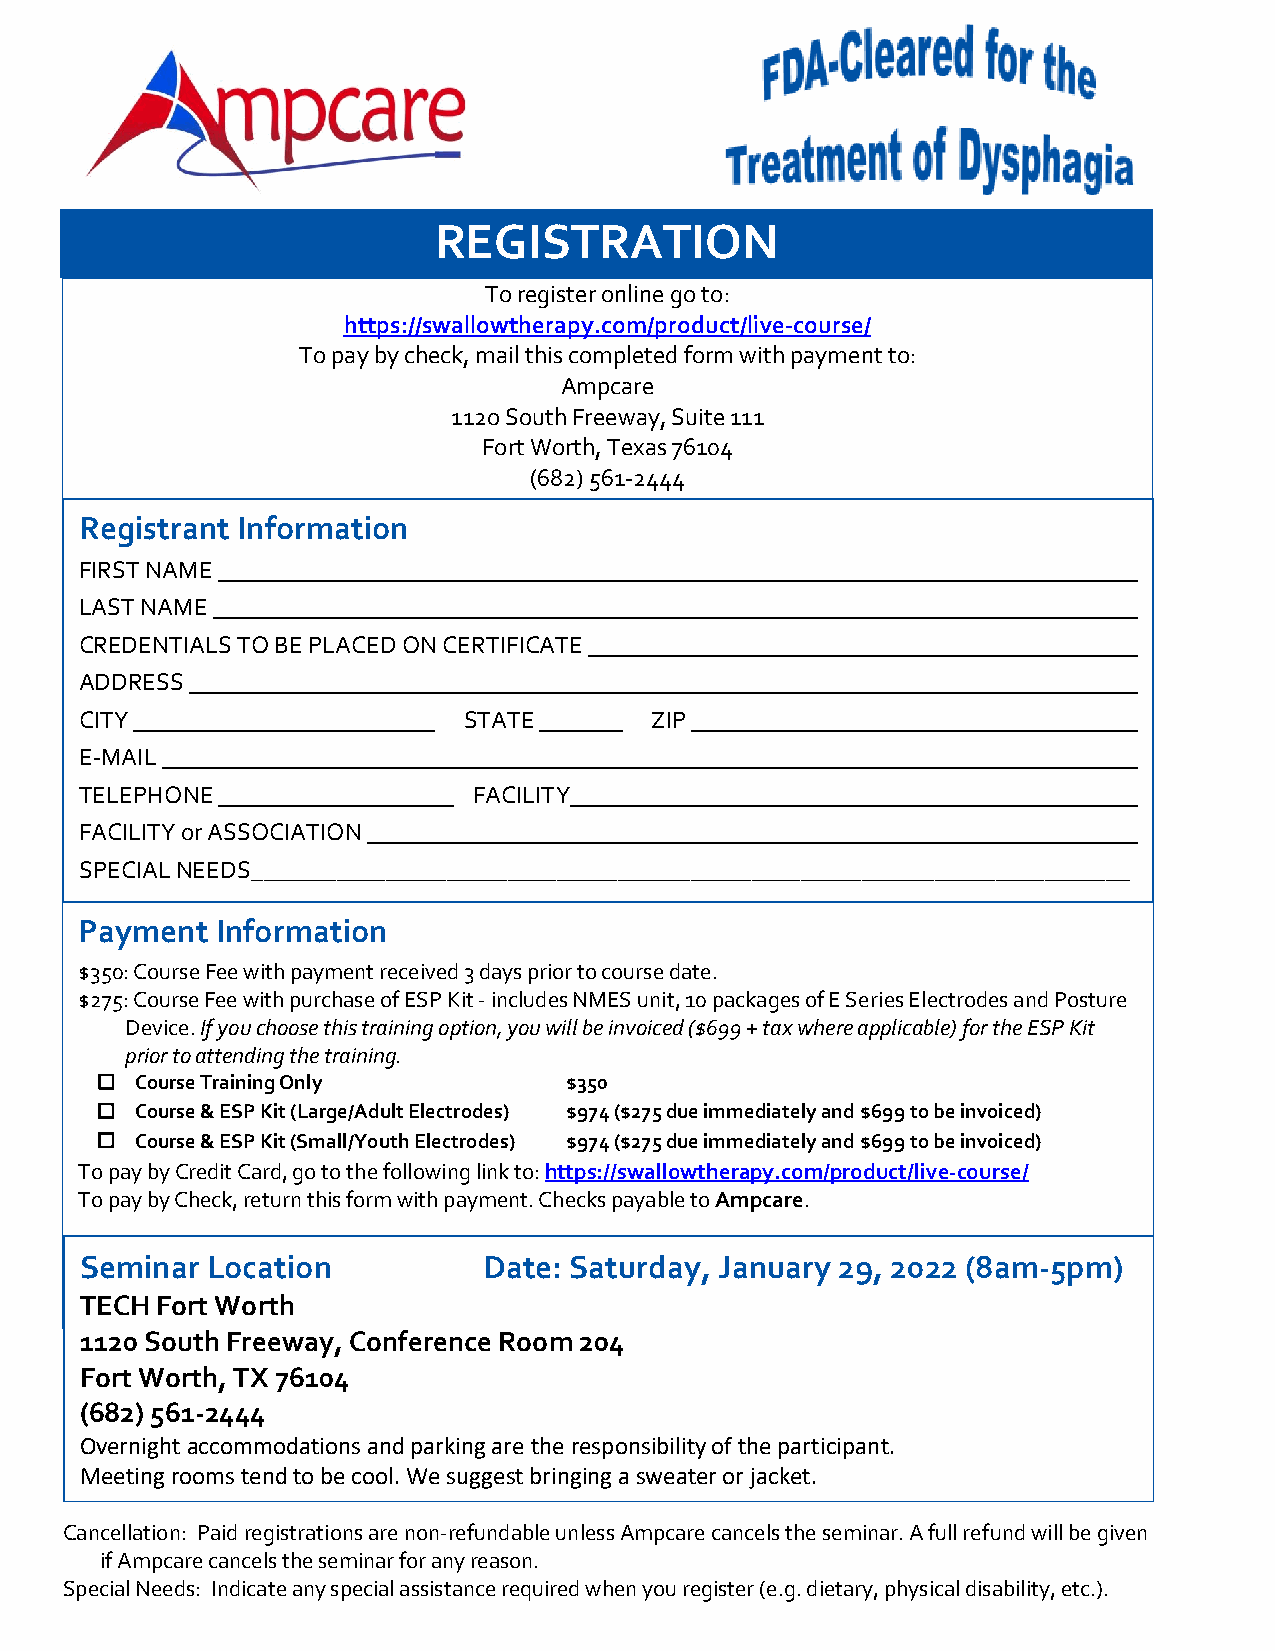
REGISTRATION
 To register online go to:
 https://swallowtherapy.com/product/live-course/
 To pay by check, mail this completed form with payment to:
 Ampcare
 112o South Freeway, Suite 111
 Fort Worth, Texas 76104
 (682) 561-2444
 Registrant Information
 FIRST NAME
 LAST NAME
 CREDENTIALS TO BE PLACED ON CERTIFICATE
 ADDRESS
 CITY                      STATE       ZIP
 E-MAIL
 TELEPHONE                 FACILITY
 FACILITY or ASSOCIATION
 SPECIAL NEEDS________________________________________________________________________
 Payment  Information
 $350: Course Fee with payment received 3 days prior to course date.
 $275: Course Fee with purchase of ESP Kit - includes NMES unit, 10 packages of E Series Electrodes and Posture
 Device. If you choose this training option, you will be invoiced ($699 + tax where applicable) for the ESP Kit
 prior to attending the training.
   Course Training Only        $350
   Course & ESP Kit (Large/Adult Electrodes) $974 ($275 due immediately and $699 to be invoiced)
   Course & ESP Kit (Small/Youth Electrodes) $974 ($275 due immediately and $699 to be invoiced)
 To pay by Credit Card, go to the following link to: https://swallowtherapy.com/product/live-course/
 To pay by Check, return this form with payment. Checks payable to Ampcare.
 Seminar  Location          Date: Saturday, January 29, 2022 (8am-5pm)
 TECH Fort Worth
 1120 South Freeway, Conference Room 204
 Fort Worth, TX 76104
 (682) 561-2444
 Overnight accommodations and parking are the responsibility of the participant.
 Meeting rooms tend to be cool. We suggest bringing a sweater or jacket.
 Cancellation: Paid registrations are non-refundable unless Ampcare cancels the seminar. A full refund will be given
 if Ampcare cancels the seminar for any reason.
 Special Needs: Indicate any special assistance required when you register (e.g. dietary, physical disability, etc.).